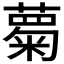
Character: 𮑦